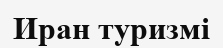
Иран туризмі